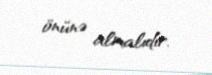
önünə almalıdır.